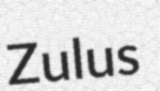
Zulus